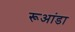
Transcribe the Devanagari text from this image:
रूआंडा